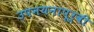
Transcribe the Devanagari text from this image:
उपनयनापूर्वी